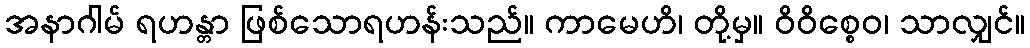
အနာဂါမ် ရဟန္တာ ဖြစ်သောရဟန်းသည်။ ကာမေဟိ၊ တို့မှ။ ဝိဝိစ္စေဝ၊ သာလျှင်။